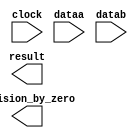
// megafunction wizard: %ALTFP_DIV%VBB%
// GENERATION: STANDARD
// VERSION: WM1.0
// MODULE: altfp_div 

// ============================================================
// Megafunction Name(s):
// 			altfp_div
//
// Simulation Library Files(s):
// 			
// ============================================================
// ************************************************************
// THIS IS A WIZARD-GENERATED FILE. DO NOT EDIT THIS FILE!
//
// 12.1 Build 177 11/07/2012 SJ Full Version
// ************************************************************

//Copyright (C) 1991-2012 Altera Corporation
//Your use of Altera Corporation's design tools, logic functions 
//and other software and tools, and its AMPP partner logic 
//functions, and any output files from any of the foregoing 
//(including device programming or simulation files), and any 
//associated documentation or information are expressly subject 
//to the terms and conditions of the Altera Program License 
//Subscription Agreement, Altera MegaCore Function License 
//Agreement, or other applicable license agreement, including, 
//without limitation, that your use is for the sole purpose of 
//programming logic devices manufactured by Altera and sold by 
//Altera or its authorized distributors.  Please refer to the 
//applicable agreement for further details.

module FPDiv (
	clock,
	dataa,
	datab,
	division_by_zero,
	result)/* synthesis synthesis_clearbox = 1 */;

	input	  clock;
	input	[31:0]  dataa;
	input	[31:0]  datab;
	output	  division_by_zero;
	output	[31:0]  result;

endmodule

// ============================================================
// CNX file retrieval info
// ============================================================
// Retrieval info: PRIVATE: INTENDED_DEVICE_FAMILY STRING "Stratix III"
// Retrieval info: PRIVATE: SYNTH_WRAPPER_GEN_POSTFIX STRING "0"
// Retrieval info: LIBRARY: altera_mf altera_mf.altera_mf_components.all
// Retrieval info: CONSTANT: DENORMAL_SUPPORT STRING "NO"
// Retrieval info: CONSTANT: INTENDED_DEVICE_FAMILY STRING "Stratix III"
// Retrieval info: CONSTANT: OPTIMIZE STRING "SPEED"
// Retrieval info: CONSTANT: PIPELINE NUMERIC "6"
// Retrieval info: CONSTANT: REDUCED_FUNCTIONALITY STRING "NO"
// Retrieval info: CONSTANT: WIDTH_EXP NUMERIC "8"
// Retrieval info: CONSTANT: WIDTH_MAN NUMERIC "23"
// Retrieval info: USED_PORT: clock 0 0 0 0 INPUT NODEFVAL "clock"
// Retrieval info: USED_PORT: dataa 0 0 32 0 INPUT NODEFVAL "dataa[31..0]"
// Retrieval info: USED_PORT: datab 0 0 32 0 INPUT NODEFVAL "datab[31..0]"
// Retrieval info: USED_PORT: division_by_zero 0 0 0 0 OUTPUT NODEFVAL "division_by_zero"
// Retrieval info: USED_PORT: result 0 0 32 0 OUTPUT NODEFVAL "result[31..0]"
// Retrieval info: CONNECT: @clock 0 0 0 0 clock 0 0 0 0
// Retrieval info: CONNECT: @dataa 0 0 32 0 dataa 0 0 32 0
// Retrieval info: CONNECT: @datab 0 0 32 0 datab 0 0 32 0
// Retrieval info: CONNECT: division_by_zero 0 0 0 0 @division_by_zero 0 0 0 0
// Retrieval info: CONNECT: result 0 0 32 0 @result 0 0 32 0
// Retrieval info: GEN_FILE: TYPE_NORMAL FPDiv.v TRUE
// Retrieval info: GEN_FILE: TYPE_NORMAL FPDiv.inc FALSE
// Retrieval info: GEN_FILE: TYPE_NORMAL FPDiv.cmp FALSE
// Retrieval info: GEN_FILE: TYPE_NORMAL FPDiv.bsf FALSE
// Retrieval info: GEN_FILE: TYPE_NORMAL FPDiv_inst.v FALSE
// Retrieval info: GEN_FILE: TYPE_NORMAL FPDiv_bb.v TRUE